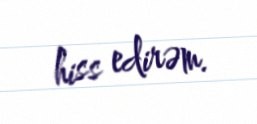
hiss edirəm.